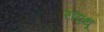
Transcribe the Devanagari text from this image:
राएथू